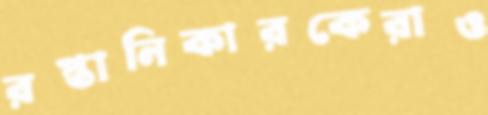
রপ্তানিকারকেরাও